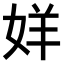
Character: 𫰧